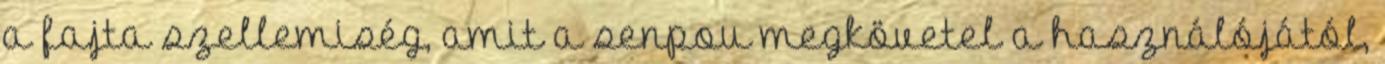
a fajta szellemiség, amit a senpou megkövetel a használójától,